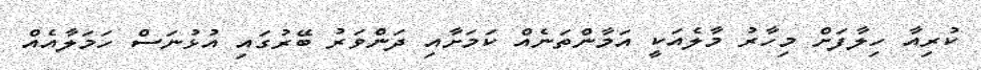
ކުރިއާ ހިލާފަށް މިހާރު މާލެއަކީ އަމާންތަނެއް ކަމަށާއި ދަންވަރު ބޭރުގައި އުޅުނަސް ހަމަލާއެއް